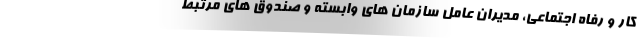
کار و رفاه اجتماعی، مدیران عامل سازمان های وابسته و صندوق های مرتبط